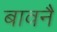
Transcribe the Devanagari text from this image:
बावनै